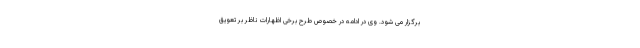
برگزار می شود. وی در ادامه در خصوص طرح برخی اظهارات ناظر بر تعویق